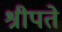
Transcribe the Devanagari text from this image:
श्रीपते